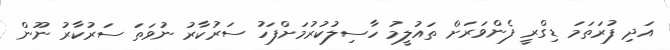
އަދި ފުރަތަމަ ޑިގްރީ ފެންވަރަށް ތައުލީމު ހާސިލުކުރުމަށްފަހު ސަރުކާރު ނުވަތަ ސަރުކާރު ނޫން